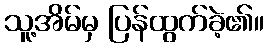
သူ့အိမ်မှ ပြန်ထွက်ခဲ့၏။